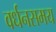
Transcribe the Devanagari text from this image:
वर्धनसमय